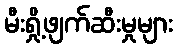
မီးရှို့ဖျက်ဆီးမှုများ